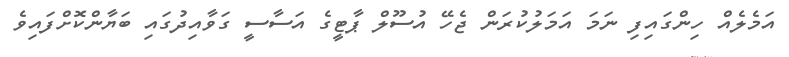
އަމެލެއް ހިންގައިފި ނަމަ އަމަލުކުރަން ޖެހޭ އުސޫލް ޕާޓީގެ އަސާސީ ގަވާއިދުގައި ބަޔާންކޮށްފައިވެ